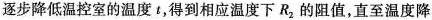
逐步降低温控室的温度t，得到相应温度下R_{2}的阻值，直至温度降